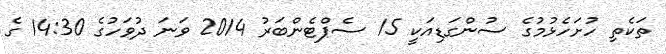
ތަކެތި ހުށަހެޅުމުގެ ސުންގަޑިއަކީ 15 ސެޕްޓެންބަރު 2014 ވަނަ ދުވަހުގެ 14:30 ގެ